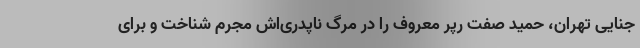
جنایی تهران، حمید صفت رپر معروف را در مرگ ناپدری‌اش مجرم شناخت و برای